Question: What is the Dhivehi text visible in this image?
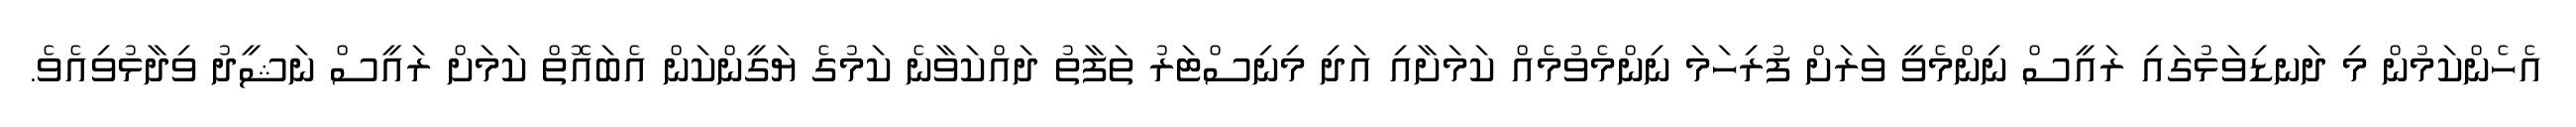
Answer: އެހެންކަމުން މި ދަނޑިވަޅުގައި ރައީސް ނިންމެވީ ވަރަށް ފުރިހަމަ ނިންމެވުމެއް ކަމަށާއި އަދި މިނިސްޓަރު ތަފާތު ދައްކަވާނެ ކަމުގެ ޔަގީންކަން އެބައޮތް ކަމަށް ރައީސް ނަޝީދު ވިދާޅުވިއެވެ.